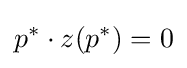
p^{*}\cdot z(p^{*})=0